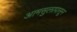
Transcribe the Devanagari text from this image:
आमसुलापासून